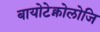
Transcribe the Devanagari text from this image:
बायोटेक्नोलोजि